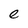
Character: e